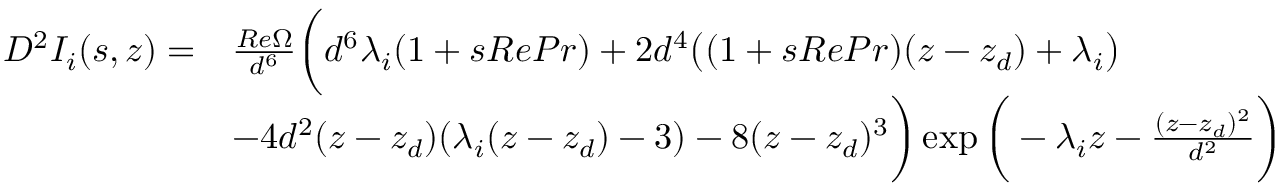
\begin{array} { r l } { D ^ { 2 } I _ { i } ( s , z ) = } & { \frac { R e \Omega } { d ^ { 6 } } \bigg ( d ^ { 6 } \lambda _ { i } ( 1 + s R e P r ) + 2 d ^ { 4 } \big ( ( 1 + s R e P r ) ( z - z _ { d } ) + \lambda _ { i } \big ) } \\ & { - 4 d ^ { 2 } ( z - z _ { d } ) ( \lambda _ { i } ( z - z _ { d } ) - 3 ) - 8 ( z - z _ { d } ) ^ { 3 } \bigg ) \exp \bigg ( - \lambda _ { i } z - \frac { ( z - z _ { d } ) ^ { 2 } } { d ^ { 2 } } \bigg ) } \end{array}